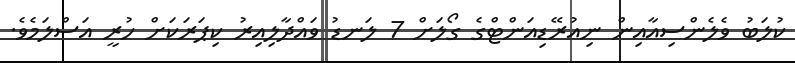
ކުލަބު ވެލެންސިއާއިން ނިއުރޭޑިއަންޓްގެ ގޯލަށް 7 ލަނޑު ވައްދާލިއިރު ކިޕަރަކަށް ހުރީ އަސްލަމެވެ.